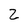
Character: 2